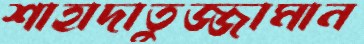
শাহাদাতুজ্জামান